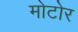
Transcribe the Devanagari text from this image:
मोटोर